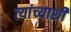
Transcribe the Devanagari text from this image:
त्‍यांच्‍याशी